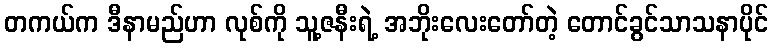
တကယ်က ဒီနာမည်ဟာ လုစ်ကို သူ့ဇနီးရဲ့ အဘိုးလေးတော်တဲ့ တောင်ခွင်သာသနာပိုင်